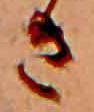
き